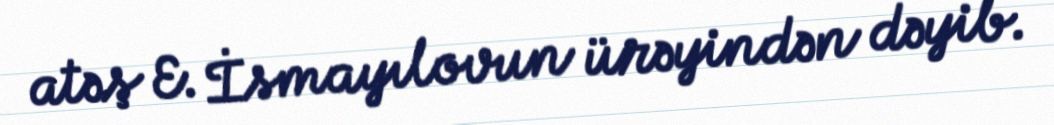
atəş E. İsmayılovun ürəyindən dəyib.